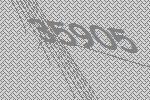
35905